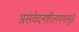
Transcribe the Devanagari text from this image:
असंवेदनशीलपणामुळे